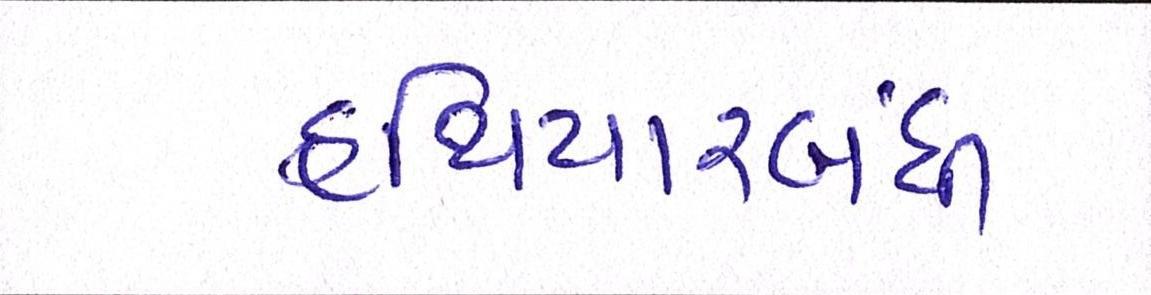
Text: હથિયારબંધી